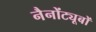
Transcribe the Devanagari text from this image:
नैनोंट्यूबों